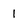
Character: 1